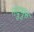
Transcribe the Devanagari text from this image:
नंदुमुरु